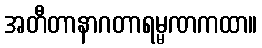
အတီတာနာဂတာရမ္မဏကထာ။